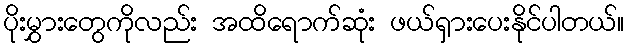
ပိုးမွှားတွေကိုလည်း အထိရောက်ဆုံး ဖယ်ရှားပေးနိုင်ပါတယ်။